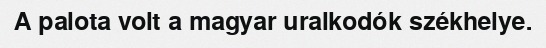
A palota volt a magyar uralkodók székhelye.